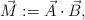
LaTeX: \begin{align*}\vec{M} := \vec{A}\cdot \vec{B}, \end{align*}